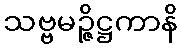
သဗ္ဗမဉ္ဇိဋ္ဌကာနိ